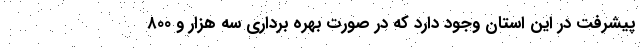
پیشرفت در این استان وجود دارد که در صورت بهره برداری سه هزار و ۸۰۰